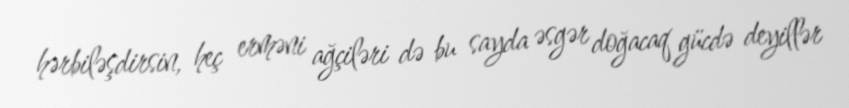
hərbiləşdirsin, heç erməni ağçiləri də bu sayda əsgər doğacaq gücdə deyillər